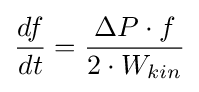
{\frac {df}{dt}}={\frac {\Delta P\cdot f}{2\cdot W_{kin}}}